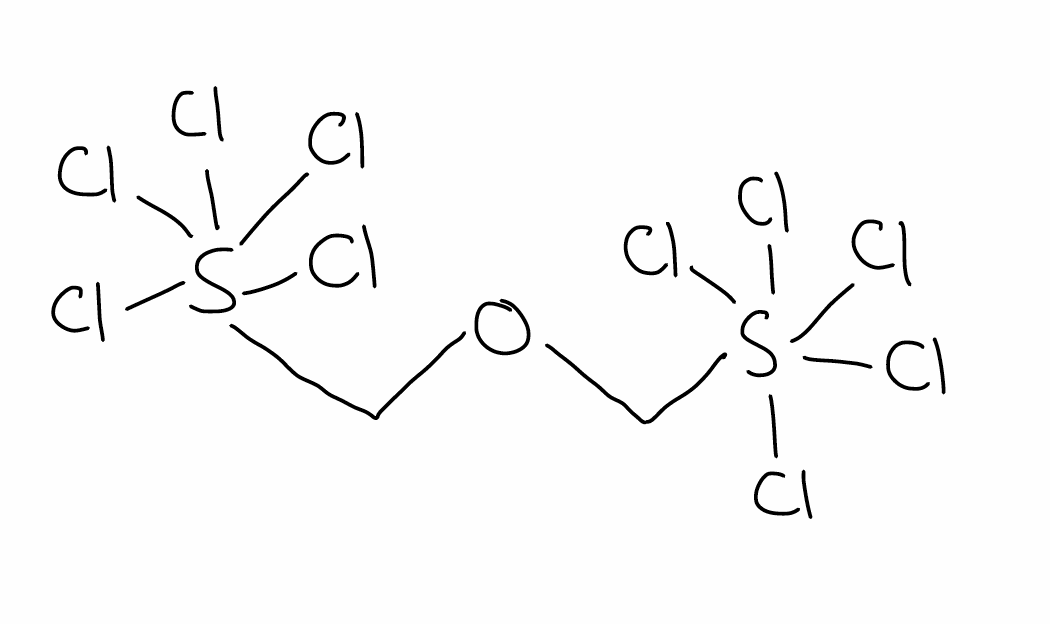
Simplified molecular-input line-entry system (SMILES) notation of the given molecule:
C(OCS(Cl)(Cl)(Cl)(Cl)Cl)S(Cl)(Cl)(Cl)(Cl)Cl